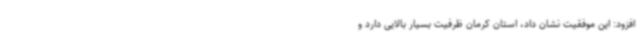
افزود: این موفقیت نشان داد، استان کرمان ظرفیت بسیار بالایی دارد و